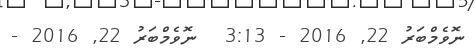
ނޮވެމްބަރު 22